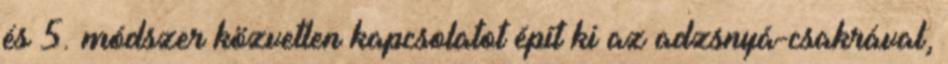
és 5. módszer közvetlen kapcsolatot épít ki az adzsnyá-csakrával,